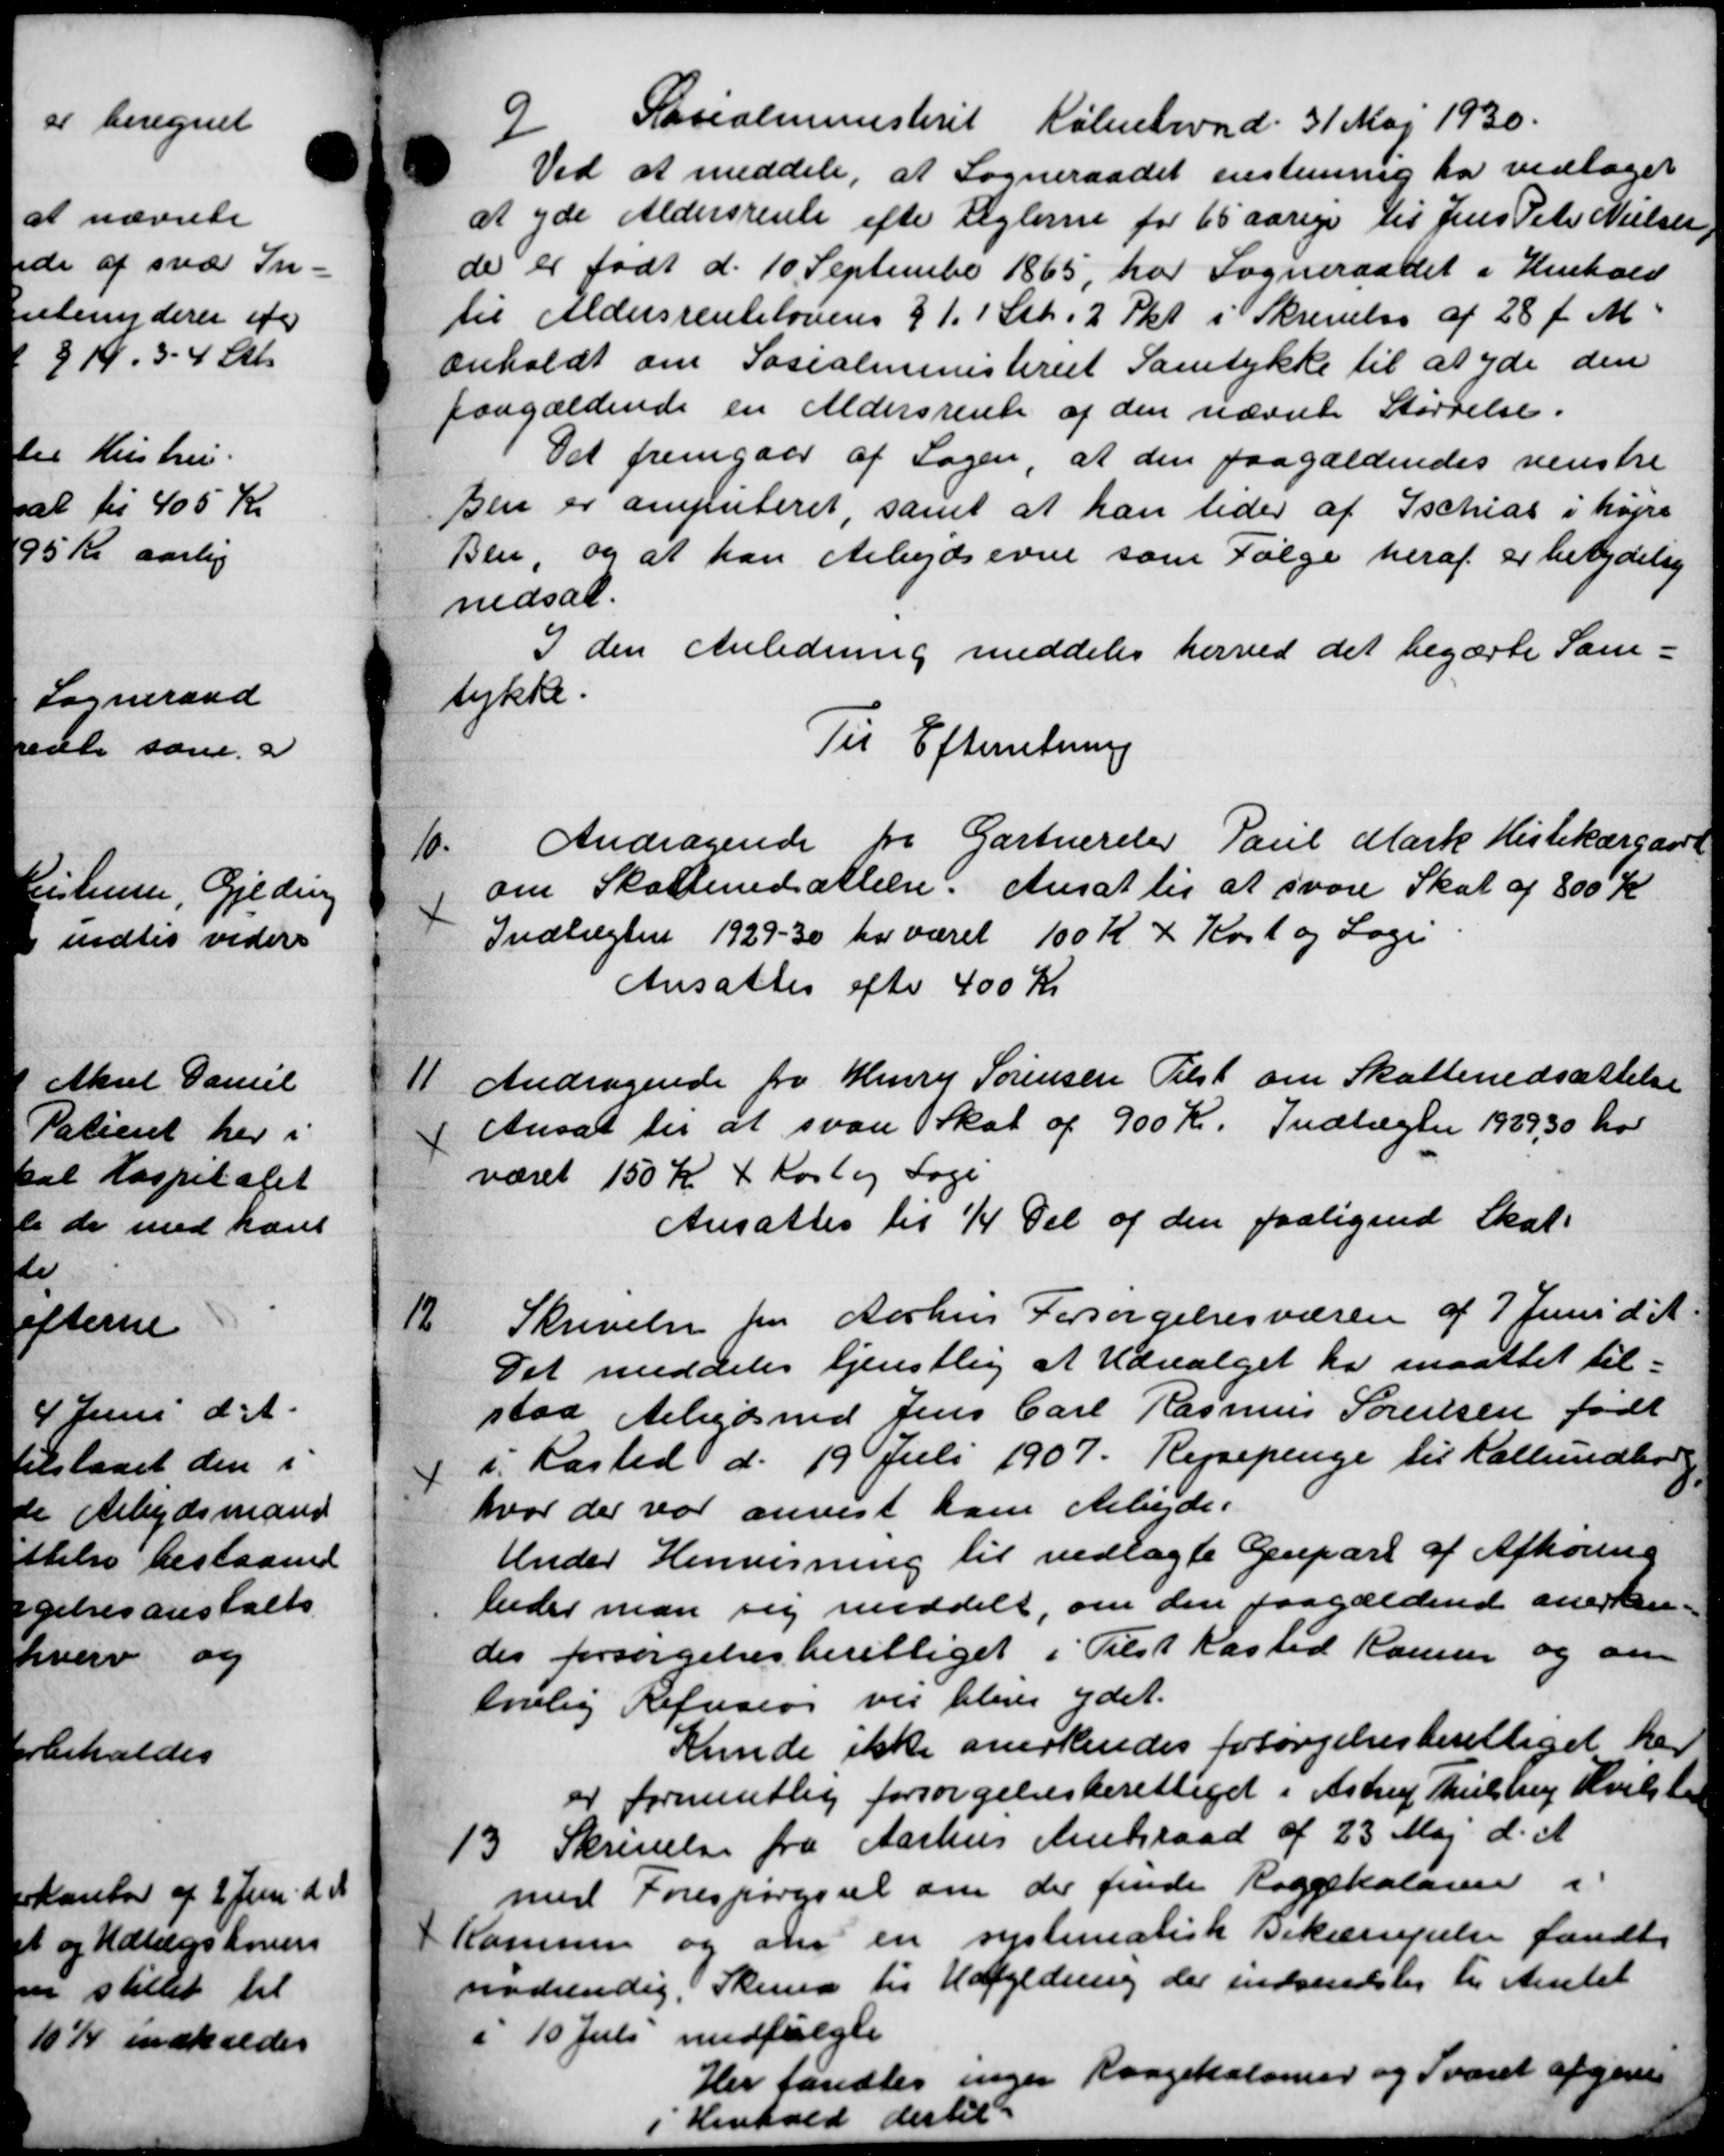
Transskription:
9/
Socialministeriet København d. 31 Maj 1930.
Ved at meddele, at Sogneraadet enstemmig har vedtaget
at yde Aldersrente efter Reglerne for 65 aarige til Jens Peter Nielsen
de er født d. 10 September 1865, har Sogneraadet i Henhold
til Aldersrentelovens § 11 Stk. 2 Pkt. i Skrivelse af 28 f. M.
enholdt om Socialministeriet Samtykke til at yde den
paagældende en Aldersrente af den nævnte Størrelse.
Det fremgaar af Sagen, at den paagældendes venstre
Den er amputeret, samt at han lider af Ischias i højre
Ben, og at han Arbejdsevne som Følge heraf er betydelse
nedsat.
3 den Anledning meddeles herved det begærte Sam-
tykke.
Til Efterretning
10.
Andragende fra Gartnereler Paul Mark Histekærgaard
om Skattenedsættelse: Ansat til at svare Skat af 800 Kr
1
Indtægter 1929-30 har været 100 K 7 Kort og Loge
Ansattes efter 400 Kr
11 Andragende fra Henry Sørensen Tilst om Skattenedsættelse
11 Andragende fra Henry Sørensen Tilst om Skattenedsættelse
Ansat til at svare Skat af 900 Kr. Indtægter 1929,30 hor
været 150 K 4 Kort og Sage
Ansattes til 1/4 Del af den paaligned Skat
12.
Skrivelse fra Aarhus Forsørgelsesvæsen af 7 Juni d. A.
Det meddeles tjenstlig at Udvalget har maattet til-
paa Arbejdsmd Jens Carl Rasmus Sørensen født
i. Rasted d. 19 Juli 1907. Rejsepenge til Kallundborg
hvor der var anvist ham Arbejde.
Under Henvisning til vedlagte Genpart af Afhøring
beder man sig meddelt, om den paagældende anerken-
des forsørgelsesberettiget i Tilst Kasted Hansen og om
lovlig Refusion vil blive ydet.
Kunde ikke anerkendes forsørgelsesberettiget har
er formentlig forsørgelsesberettiget i Astrup Mulstrup Hvilste
13.
Skrivelse fra Aarhus Amtsraad af 23 Maj d. A.
med Forespørgsel om der finde Roggekolorene i
Komme og om en systematisk Bekæmpelse fandt
nødvendig. Skema til Udfyldning der indsendelig til Amtet
i 10 Juli medfulgte
Her fandtes ingen Raagekolomer og Svaret afgive
Henhold dertil